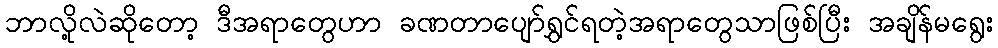
ဘာလို့လဲဆိုတော့ ဒီအရာတွေဟာ ခဏတာပျော်ရွှင်ရတဲ့အရာတွေသာဖြစ်ပြီး အချိန်မရွေး